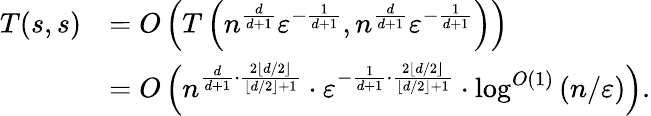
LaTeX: \begin{array}{rl}{T(s,s)}&{=O\left(T\left(n^{\frac{d}{d+1}}\varepsilon^{-\frac{1}{d+1}},n^{\frac{d}{d+1}}\varepsilon^{-\frac{1}{d+1}}\right)\right)}\\ &{=O\left(n^{\frac{d}{d+1}\cdot\frac{2\lfloor d/2\rfloor}{\lfloor d/2\rfloor+1}}\cdot\varepsilon^{-\frac{1}{d+1}\cdot\frac{2\lfloor d/2\rfloor}{\lfloor d/2\rfloor+1}}\cdot\log^{O(1)}{(n/\varepsilon)}\right).}\end{array}